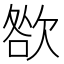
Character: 㰶